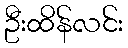
ဦးထိန်လင်း